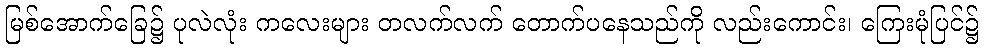
မြစ်အောက်ခြေ၌ ပုလဲလုံး ကလေးများ တလက်လက် တောက်ပနေသည်ကို လည်းကောင်း၊ ကြေးမုံပြင်၌